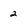
Character: 2